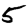
Digit: 5